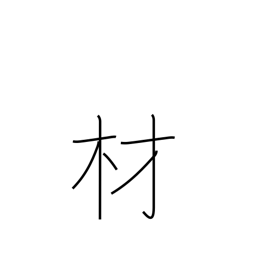
Meaning: timber